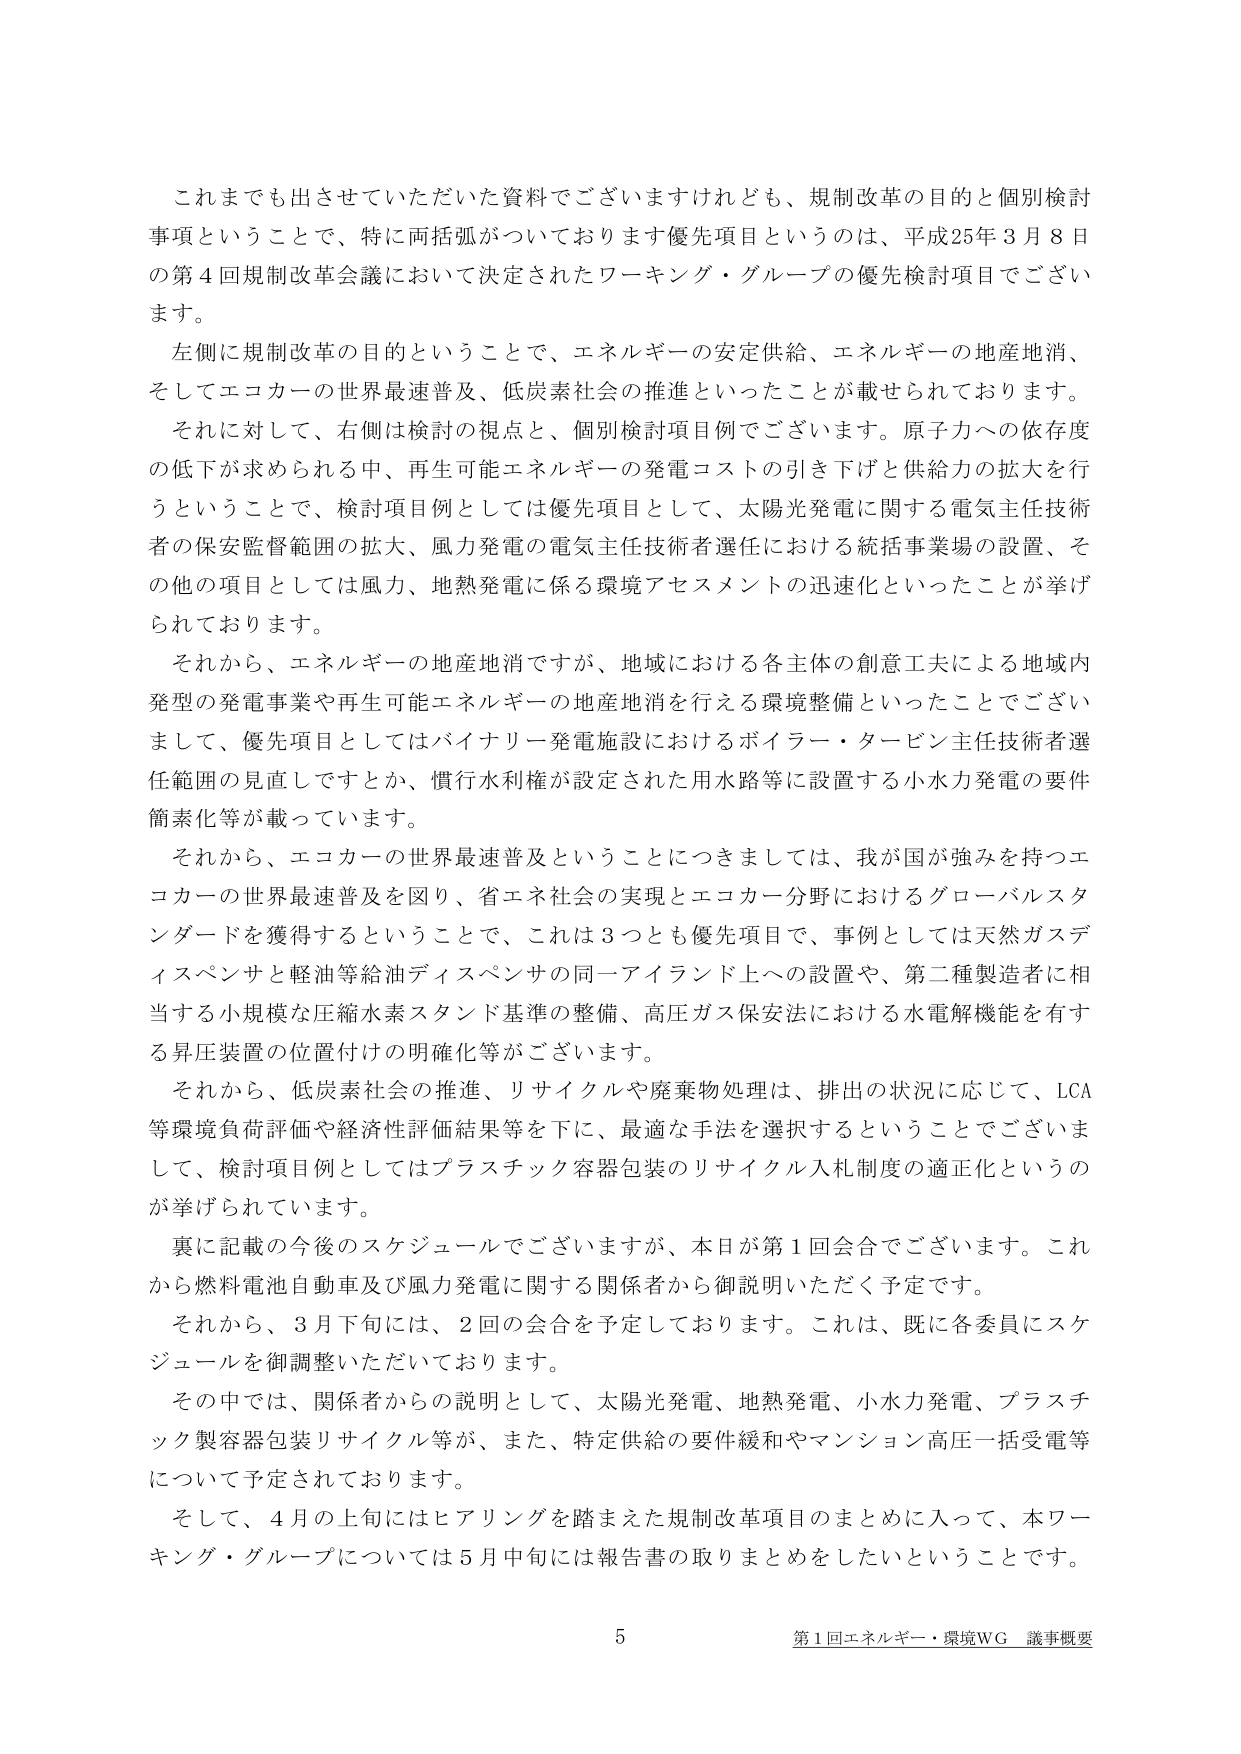
これまでにも出させていただいた資料でございますけれども、規制改革の目的と個別検討事項ということで、特に両括弧がついております優先項目というのは、平成25年3月8日の第4回規制改革会議において決定されたワーキング・グループの優先検討項目でございます。

左側に規制改革の目的ということで、エネルギーの安定供給、エネルギーの地産地消、そしてエコカーの世界最速普及、低炭素社会の推進といったことが載せられております。

それに対して、右側は検討の視点と、個別検討項目例でございます。原子力への依存度の低下が求められる中、再生可能エネルギーの発電コストの引き下げと供給力の拡大を行うということで、検討項目例としては優先項目として、太陽光発電に関する電気主任技術者の保安監督範囲の拡大、風力発電の電気主任技術者選任における統括事業場の設置、その他の項目としては風力、地熱発電に係る環境アセスメントの迅速化といったことが挙げられております。

それから、エネルギーの地産地消ですが、地域における各主体の創意工夫による地域内発型の発電事業や再生可能エネルギーの地産地消を行える環境整備といったことでございまして、優先項目としてはバイナリー発電施設におけるボイラー・タービン主任技術者選任範囲の見直しですとか、慣行水利権が設定された用水路等に設置する小水力発電の要件簡素化等が載っています。

それから、エコカーの世界最速普及ということにつきましては、我が国が強みを持つエコカーの世界最速普及を図り、省エネ社会の実現とエコカー分野におけるグローバルスタンダードを獲得するということで、これは3つとも優先項目で、事例としては天然ガスディスペンサと軽油等給油ディスペンサの同一アイランド上への設置や、第二種製造者に相当する小規模な圧縮水素スタンド基準の整備、高圧ガス保安法における水電解機能を有する昇圧装置の位置付けの明確化等がございます。

それから、低炭素社会の推進、リサイクルや廃棄物処理は、排出の状況に応じて、LCA等環境負荷評価や経済性評価結果等を下に、最適な手法を選択するということでございまして、検討項目例としてはプラスチック容器包装のリサイクル入札制度の適正化というのが挙げられています。

裏に記載の今後のスケジュールでございますが、本日が第1回会合でございます。これから燃料電池自動車及び風力発電に関する関係者から御説明いただく予定です。

それから、3月下旬には、2回の会合を予定しております。これは、既に各委員にスケジュールを御調整いただいております。

その中では、関係者からの説明として、太陽光発電、地熱発電、小水力発電、プラスチック製容器包装リサイクル等が、また、特定供給の要件緩和やマンション高圧一括受電等について予定されております。

そして、4月の上旬にはヒアリングを踏まえた規制改革項目のまとめに入って、本ワーキング・グループについては5月中旬には報告書の取りまとめをしたいということです。

5
第1回エネルギー・環境WG 議事概要